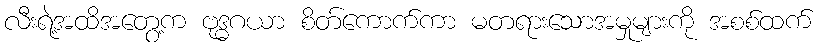
လီးရဲ့အထိအတွေ့က ဗုဒ္ဓဂယာ စိတ်ကောက်ကာ မတရားသောအမှုများကို အစစ်ထက်